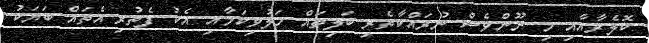
ކޮލެރާއާއި މި ނޫންވެސް ނުރައްކާތެރި ބަލިތައް ހަލުވިކަމާއި އެކު ފެތުރި އެތައް ބަޔަކު